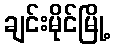
ချင်းမိုင်မြို့